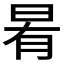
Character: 𭥯